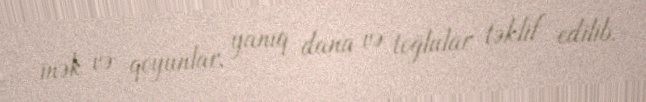
inək və qoyunlar, yanıq dana və toğlular təklif edilib.